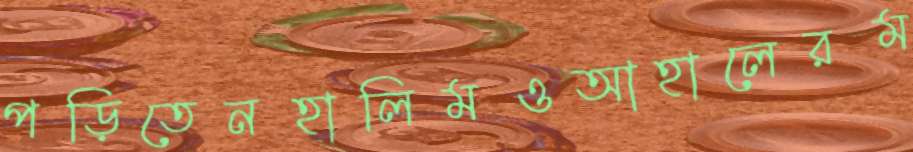
পড়িতেনহালিমওআহালেরম